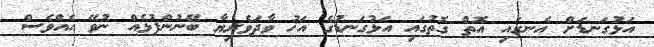
އަޅުގަނޑަށް އެނގައި އޮތް ގޮތުގައި އަޅުގަނޑުގެ އަޚު ވާދަވެރިޔާ ބޭނުންފުޅެއް ނުވޭ އެއްވެސް